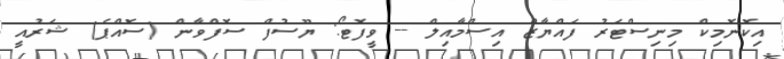
އިކޮނޮމިކް މިނިސްޓަރު ފައްޔާޒް އިސްމާއިލް -- ވީފޮޓޯ: ޔޫސުފް ސޮފްވާން (ސޮއްޕެ) ޝަރުއީ